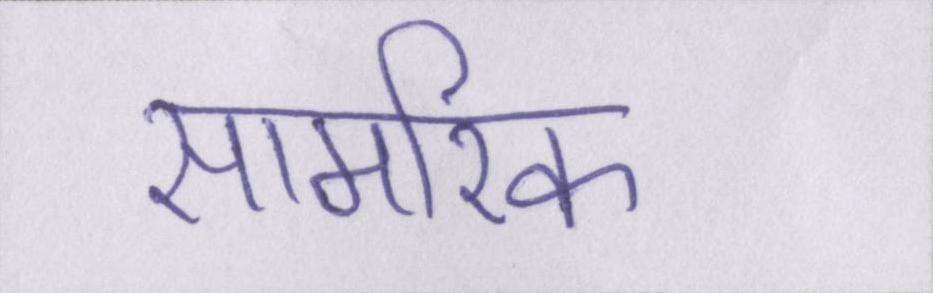
सामरिक